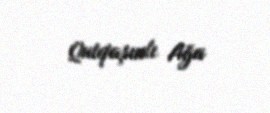
Qutqaşınlı Ağa